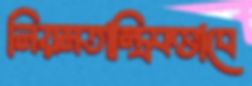
নিয়মতান্ত্রিকভাবে